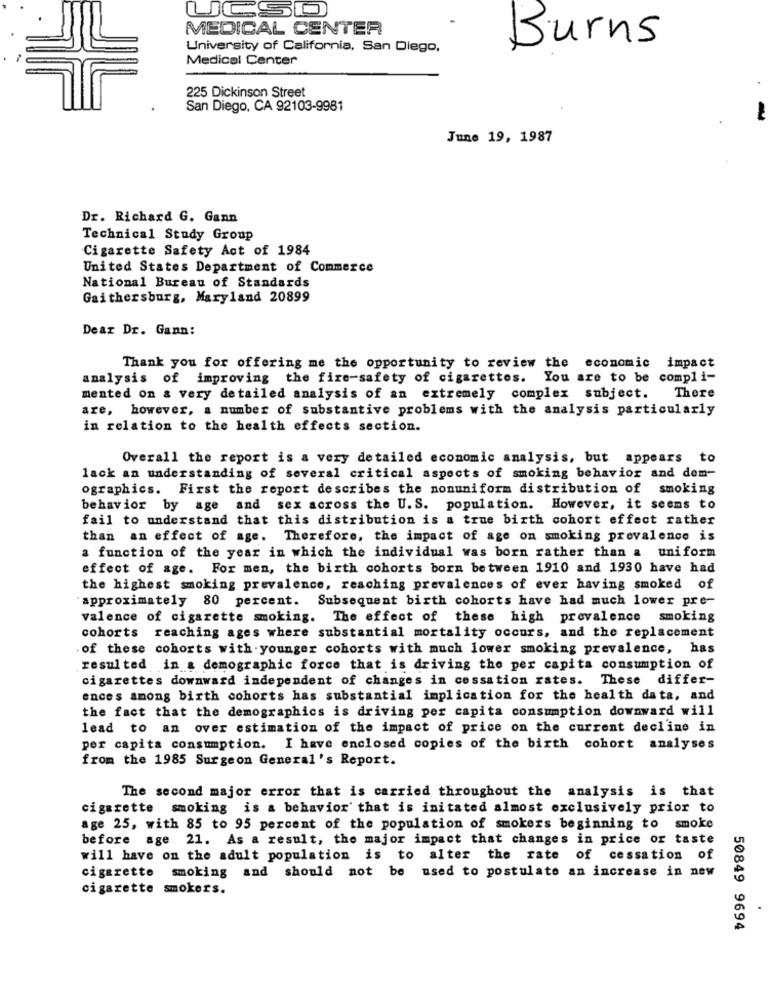
UCSO
MEDICAL CENTER
University of California, San Diego,
Burns
Medical Center
225 Dickinson Street
San Diego, CA 92103-9981
June 19, 1987
Dr. Richard G. Gann
Technical Study Group
Cigarette Safety Act of 1984
United States Department of Commerce
National Bureau of Standards
Gaithersburg, Maryland 20899
Dear Dr. Gann:
Thank you for offering me the opportunity to review the economic impact
analysis of improving the fire-safety of cigarettes. You are to be compli-
mented on & very detailed analysis of an extremely complex subject. There
are, however, a number of substantive problems with the analysis particularly
in relation to the health effects section.
Overall the report is a very detailed economic analysis, but appears to
lack an understanding of several critical aspects of smoking behavior and dem-
ographics. First the report describes the nonuniform distribution of smoking
behavior by age and sex across the U.S. population. However, it seems to
fail to understand that this distribution is a true birth cohort effect rather
than an effect of age. Therefore, the impact of age on smoking prevalence is
a function of the year in which the individual was born rather than a uniform
effect of age. For men, the birth cohorts born between 1910 and 1930 have had
the highest smoking prevalence, reaching prevalences of ever having smoked of
'approximately 80 percent. Subsequent birth cohorts have had much lower pre-
valence of cigarette smoking. The effect of these high prevalence smoking
cohorts reaching ages where substantial mortality occurs, and the replacement
of these cohorts with younger cohorts with much lower smoking prevalence, has
resulted in a demographic force that is driving the per capita consumption of
cigarettes downward independent of changes in cessation rates. These differ-
ences among birth cohorts has substantial implication for the health data, and
the fact that the demographics is driving per capita consumption downward will
lead to an over estimation of the impact of price on the current decline in
per capita consumption. I have enclosed copies of the birth cohort analyses
from the 1985 Surgeon General's Report.
The second major error that is carried throughout the analysis is that
cigarette smoking is a behavior that is initated almost exclusively prior to
age 25, with 85 to 95 percent of the population of smokers beginning to smoke
before age 21. As a result, the major impact that changes in price or taste
will have on the adult population is to alter the rate of cessation of
cigarette smoking and should not be used to postulate an increase in new
cigarette smokers.
50849 9694